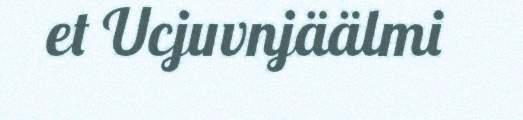
et Ucjuvnjäälmi